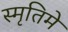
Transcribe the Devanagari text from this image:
स्मृतिमे